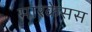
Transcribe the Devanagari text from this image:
मारकेसस